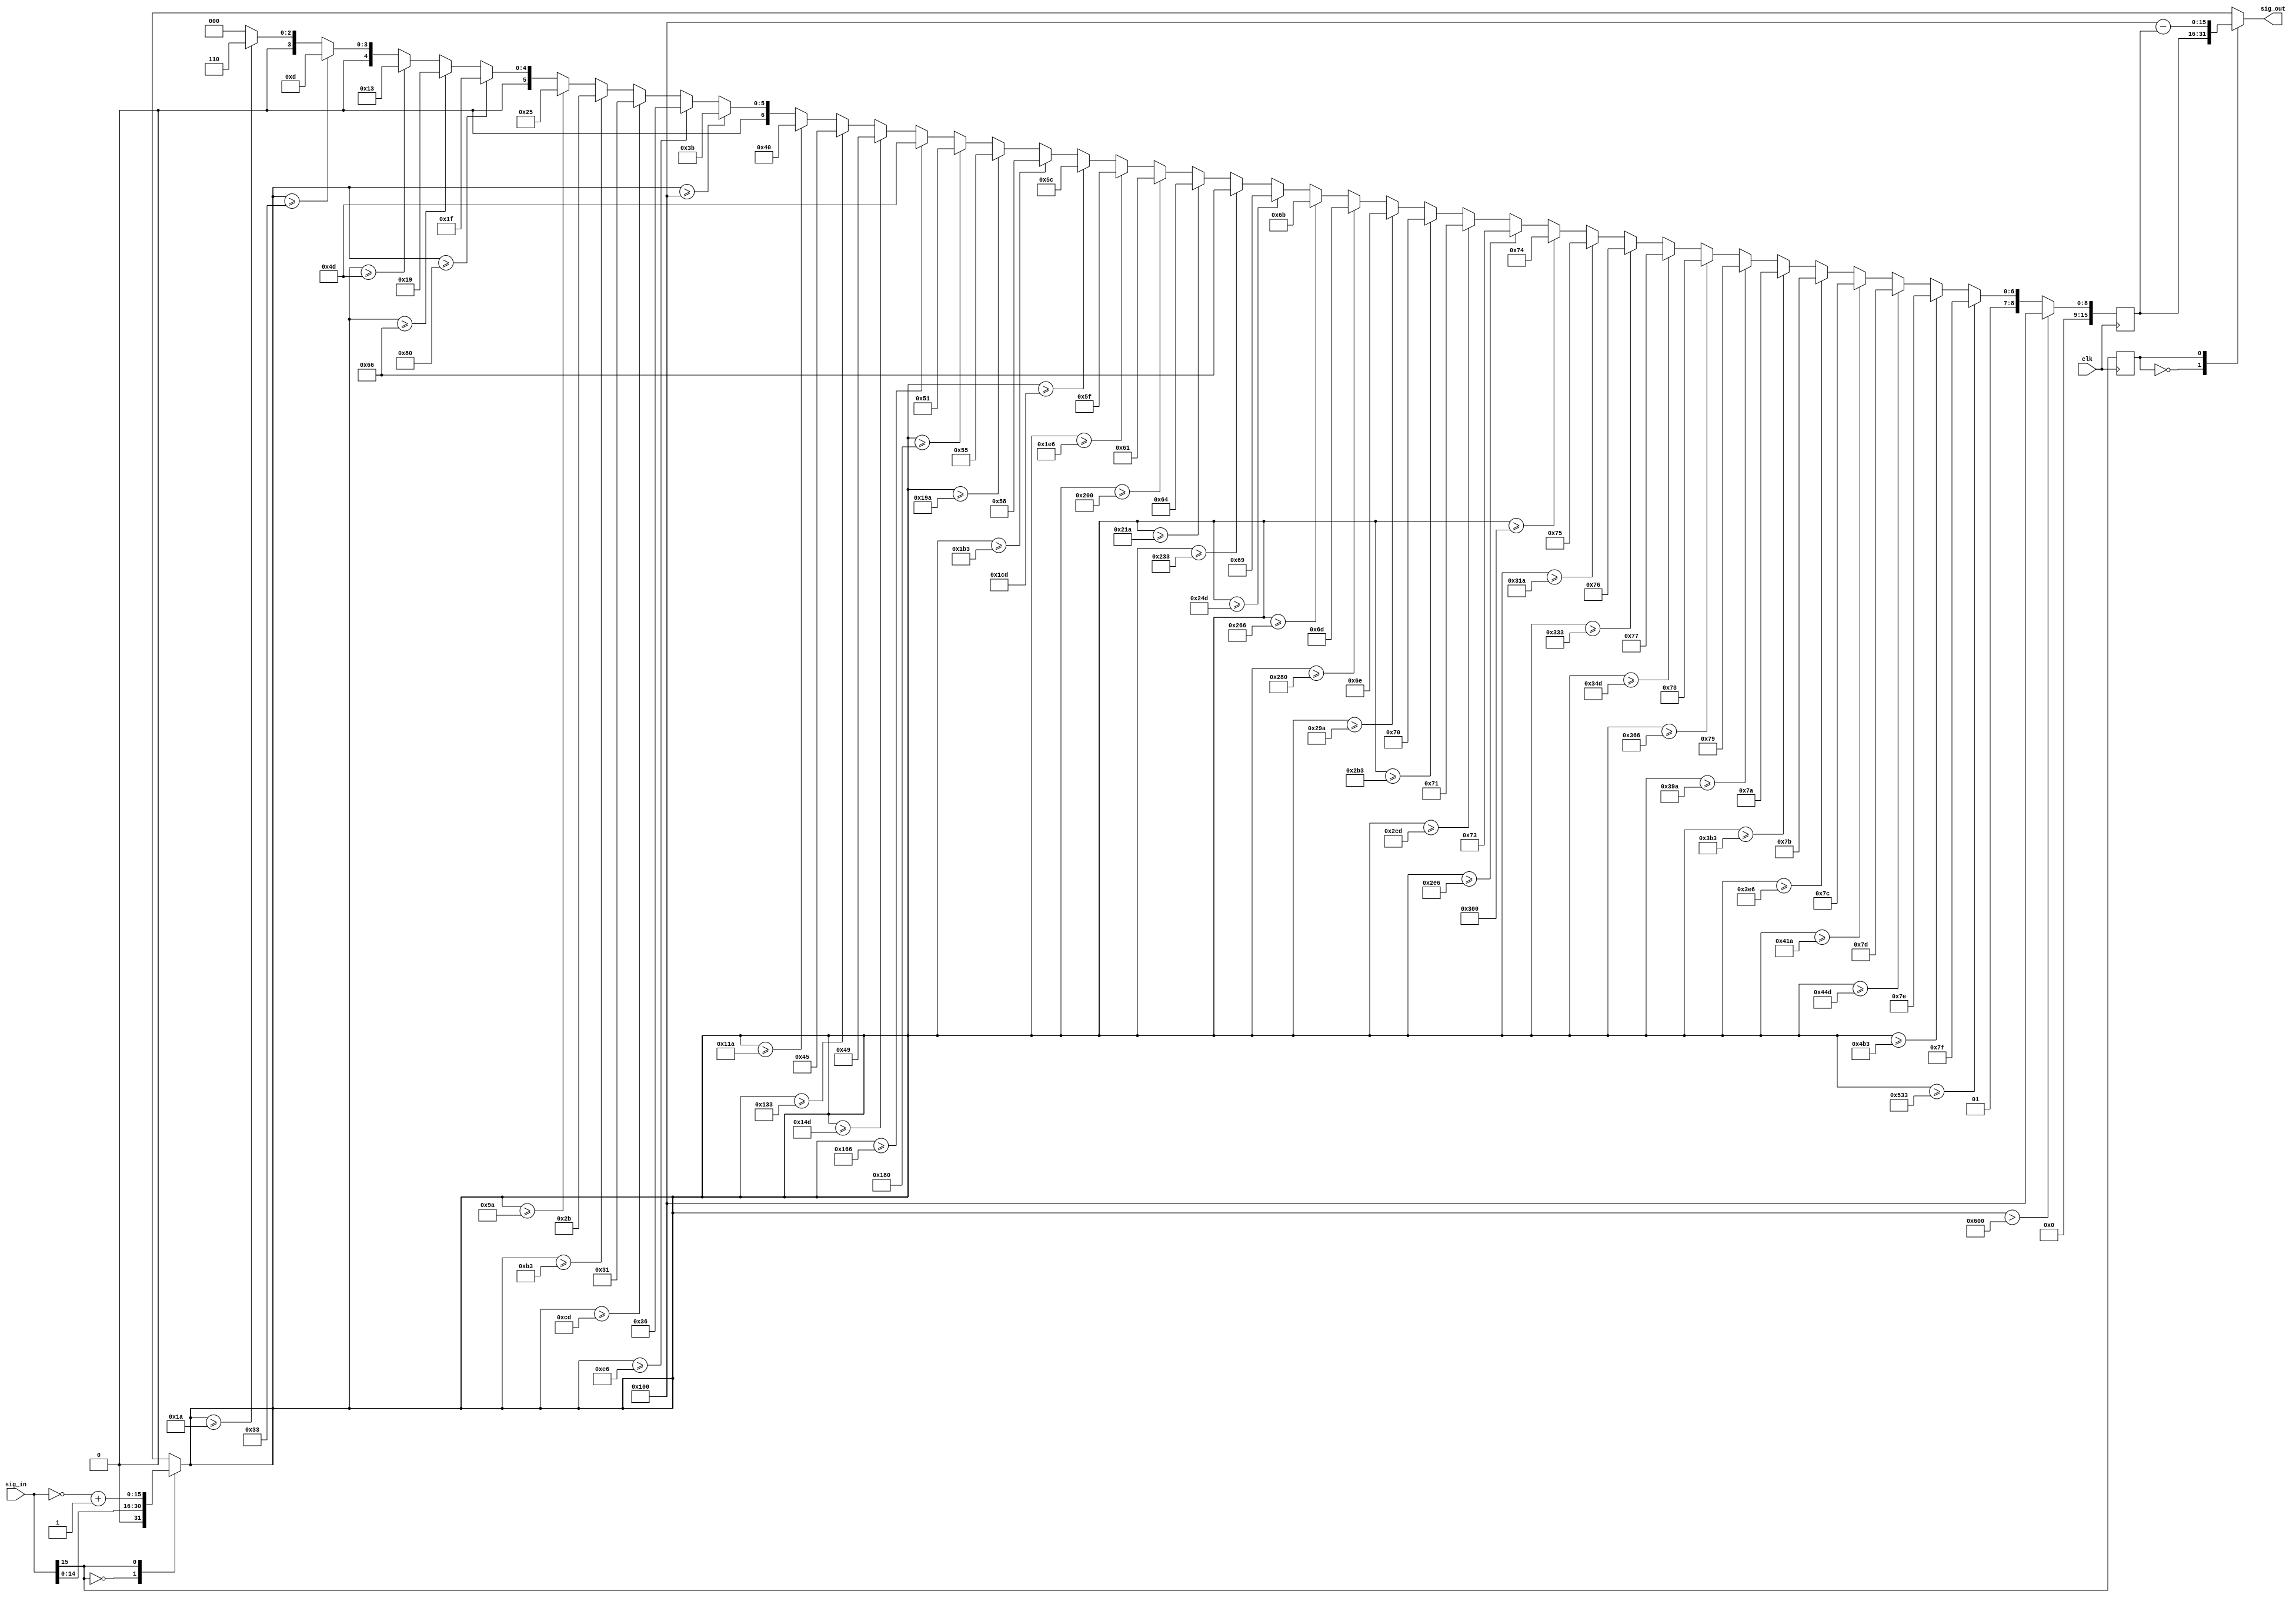
//Currently, async.
//Could be made synchronous if we want
//Names of input and output can be changed

module Sigmoid(clk, sig_in, sig_out);

input clk;
input  [15:0] sig_in;
output reg [15:0] sig_out;

reg  [15:0] lut_out;
reg  [15:0] lut_in;
reg sign_bit;

always @ (sig_in, lut_out, sign_bit)
begin
   case(sig_in[15]) 
   0: begin
       lut_in = sig_in;
      end
   1: begin
       lut_in = ~sig_in + 16'h0001;
      end
   endcase

   case(sign_bit) 
   0: begin
       sig_out = lut_out;
      end
   1: begin
       sig_out = 16'h0100 - lut_out;
      end
   endcase
end

always @ (posedge clk)
begin
   sign_bit <= sig_in[15];

   if(lut_in > 16'b0000011000000000)       begin lut_out <= 16'h0100; end //x > 6
   else if(lut_in >= 16'b0000010100110011) begin lut_out <= 16'b0000000011111111; end //x >= 5.2
   else if(lut_in >= 16'b0000010010110011) begin lut_out <= 16'b0000000011111110; end //x >= 4.7
   else if(lut_in >= 16'b0000010001001101) begin lut_out <= 16'b0000000011111101; end //x >= 4.3 
   else if(lut_in >= 16'b0000010000011010) begin lut_out <= 16'b0000000011111100; end //x >= 4.1
   else if(lut_in >= 16'b0000001111100110) begin lut_out <= 16'b0000000011111011; end //x >= 3.9
   else if(lut_in >= 16'b0000001110110011) begin lut_out <= 16'b0000000011111010; end //x >= 3.7
   else if(lut_in >= 16'b0000001110011010) begin lut_out <= 16'b0000000011111001; end //x >= 3.6
   else if(lut_in >= 16'b0000001101100110) begin lut_out <= 16'b0000000011111000; end //x >= 3.4
   else if(lut_in >= 16'b0000001101001101) begin lut_out <= 16'b0000000011110111; end //x >= 3.3
   else if(lut_in >= 16'b0000001100110011) begin lut_out <= 16'b0000000011110110; end //x >= 3.2
   else if(lut_in >= 16'b0000001100011010) begin lut_out <= 16'b0000000011110101; end //x >= 3.1
   else if(lut_in >= 16'b0000001100000000) begin lut_out <= 16'b0000000011110100; end //x >= 3.0
   else if(lut_in >= 16'b0000001011100110) begin lut_out <= 16'b0000000011110011; end //x >= 2.9
   else if(lut_in >= 16'b0000001011001101) begin lut_out <= 16'b0000000011110001; end //x >= 2.8
   else if(lut_in >= 16'b0000001010110011) begin lut_out <= 16'b0000000011110000; end //x >= 2.7
   else if(lut_in >= 16'b0000001010011010) begin lut_out <= 16'b0000000011101110; end //x >= 2.6
   else if(lut_in >= 16'b0000001010000000) begin lut_out <= 16'b0000000011101101; end //x >= 2.5
   else if(lut_in >= 16'b0000001001100110) begin lut_out <= 16'b0000000011101011; end //x >= 2.4
   else if(lut_in >= 16'b0000001001001101) begin lut_out <= 16'b0000000011101001; end //x >= 2.3
   else if(lut_in >= 16'b0000001000110011) begin lut_out <= 16'b0000000011100110; end //x >= 2.2
   else if(lut_in >= 16'b0000001000011010) begin lut_out <= 16'b0000000011100100; end //x >= 2.1
   else if(lut_in >= 16'b0000001000000000) begin lut_out <= 16'b0000000011100001; end //x >= 2.0
   else if(lut_in >= 16'b0000000111100110) begin lut_out <= 16'b0000000011011111; end //x >= 1.9
   else if(lut_in >= 16'b0000000111001101) begin lut_out <= 16'b0000000011011100; end //x >= 1.8
   else if(lut_in >= 16'b0000000110110011) begin lut_out <= 16'b0000000011011000; end //x >= 1.7
   else if(lut_in >= 16'b0000000110011010) begin lut_out <= 16'b0000000011010101; end //x >= 1.6
   else if(lut_in >= 16'b0000000110000000) begin lut_out <= 16'b0000000011010001; end //x >= 1.5
   else if(lut_in >= 16'b0000000101100110) begin lut_out <= 16'b0000000011001101; end //x >= 1.4
   else if(lut_in >= 16'b0000000101001101) begin lut_out <= 16'b0000000011001001; end //x >= 1.3
   else if(lut_in >= 16'b0000000100110011) begin lut_out <= 16'b0000000011000101; end //x >= 1.2
   else if(lut_in >= 16'b0000000100011010) begin lut_out <= 16'b0000000011000000; end //x >= 1.1
   else if(lut_in >= 16'b0000000100000000) begin lut_out <= 16'b0000000010111011; end //x >= 1.0
   else if(lut_in >= 16'b0000000011100110) begin lut_out <= 16'b0000000010110110; end //x >= 0.9
   else if(lut_in >= 16'b0000000011001101) begin lut_out <= 16'b0000000010110001; end //x >= 0.8
   else if(lut_in >= 16'b0000000010110011) begin lut_out <= 16'b0000000010101011; end //x >= 0.7
   else if(lut_in >= 16'b0000000010011010) begin lut_out <= 16'b0000000010100101; end //x >= 0.6
   else if(lut_in >= 16'b0000000010000000) begin lut_out <= 16'b0000000010011111; end //x >= 0.5
   else if(lut_in >= 16'b0000000001100110) begin lut_out <= 16'b0000000010011001; end //x >= 0.4
   else if(lut_in >= 16'b0000000001001101) begin lut_out <= 16'b0000000010010011; end //x >= 0.3
   else if(lut_in >= 16'b0000000000110011) begin lut_out <= 16'b0000000010001101; end //x >= 0.2
   else if(lut_in >= 16'b0000000000011010) begin lut_out <= 16'b0000000010000110; end //x >= 0.1
   else  begin lut_out <= 16'b0000000010000000; end //x >= 0.0 if(lut_in >= 16'b0000000000000000)
end

endmodule

/*
   if(x < -6)                   begin y = 16'h0000; end
   else if (x > 6)              begin y = 16'h0100; end
   else begin
      if(x < -5.1)              begin y = 16'h0001; end
      if(x >= -5.1 && x < -4.6) begin y = 16'h0002; end
      if(x >= -4.6 && x < -4.2) begin y = 16'h0003; end
      if(x >= -4.2 && x < -4.0) begin y = 16'h0004; end
      if(x >= -4.0 && x < -3.8) begin y = 16'h0005; end
      if(x >= -3.8 && x < -3.6) begin y = 16'h0006; end
      if(x >= -3.6 && x < -3.5) begin y = 16'h0007; end
      if(x >= -3.5 && x < -3.3) begin y = 16'h0008; end
      if(x >= -3.3 && x < -3.2) begin y = 16'h0009; end
      if(x >= -3.2 && x < -3.1) begin y = 16'h000A; end
      if(x >= -3.1 && x < -3.0) begin y = 16'h000B; end
      if(x >= -3.0 && x < -2.9) begin y = 16'h000C; end
      if(x >= -2.9 && x < -2.8) begin y = 16'h000D; end
      if(x >= -2.8 && x < -2.7) begin y = 16'h000F; end
      if(x >= -2.7 && x < -2.6) begin y = 16'h0010; end
      if(x >= -2.6 && x < -2.5) begin y = 16'h0012; end
      if(x >= -2.5 && x < -2.4) begin y = 16'h0013; end
      if(x >= -2.4 && x < -2.3) begin y = 16'h0015; end
      if(x >= -2.3 && x < -2.2) begin y = 16'h0017; end
      if(x >= -2.2 && x < -2.1) begin y = 16'h001A; end
      if(x >= -2.1 && x < -2.0) begin y = 16'h001C; end
      if(x >= -2.0 && x < -1.9) begin y = 16'h001F; end
      if(x >= -1.9 && x < -1.8) begin y = 16'h0021; end
      if(x >= -1.8 && x < -1.7) begin y = 16'h0024; end
      if(x >= -1.7 && x < -1.6) begin y = 16'h0028; end
      if(x >= -1.6 && x < -1.5) begin y = 16'h002B; end
      if(x >= -1.5 && x < -1.4) begin y = 16'h002F; end
      if(x >= -1.4 && x < -1.3) begin y = 16'h0033; end
      if(x >= -1.3 && x < -1.2) begin y = 16'h0037; end
      if(x >= -1.2 && x < -1.1) begin y = 16'h003B; end
      if(x >= -1.1 && x < -1.0) begin y = 16'h0040; end
      if(x >= -1.0 && x < -0.9) begin y = 16'h0045; end
      if(x >= -0.9 && x < -0.8) begin y = 16'h004A; end
      if(x >= -0.8 && x < -0.7) begin y = 16'h004F; end
      if(x >= -0.7 && x < -0.6) begin y = 16'h0055; end
      if(x >= -0.6 && x < -0.5) begin y = 16'h005B; end
      if(x >= -0.5 && x < -0.4) begin y = 16'h0061; end
      if(x >= -0.4 && x < -0.3) begin y = 16'h0067; end
      if(x >= -0.3 && x < -0.2) begin y = 16'h006D; end
      if(x >= -0.2 && x < -0.1) begin y = 16'h0073; end
      if(x >= -0.1 && x < 0.0)  begin y = 16'h007A; end
      if(x >= 0.0 && x < 0.1)   begin y = 16'h0080; end
      if(x >= 0.1 && x < 0.2)   begin y = 16'h0086; end
      if(x >= 0.2 && x < 0.3)   begin y = 16'h008D; end
      if(x >= 0.3 && x < 0.4)   begin y = 16'h0093; end
      if(x >= 0.4 && x < 0.5)   begin y = 16'h0099; end
      if(x >= 0.5 && x < 0.6)   begin y = 16'h009F; end
      if(x >= 0.6 && x < 0.7)   begin y = 16'h00A5; end
      if(x >= 0.7 && x < 0.8)   begin y = 16'h00AB; end
      if(x >= 0.8 && x < 0.9)   begin y = 16'h00B1; end
      if(x >= 0.9 && x < 1.0)   begin y = 16'h00B6; end
      if(x >= 1.0 && x < 1.1)   begin y = 16'h00BB; end
      if(x >= 1.1 && x < 1.2)   begin y = 16'h00C0; end
      if(x >= 1.2 && x < 1.3)   begin y = 16'h00C5; end
      if(x >= 1.3 && x < 1.4)   begin y = 16'h00C9; end
      if(x >= 1.4 && x < 1.5)   begin y = 16'h00CD; end
      if(x >= 1.5 && x < 1.6)   begin y = 16'h00D1; end
      if(x >= 1.6 && x < 1.7)   begin y = 16'h00D5; end
      if(x >= 1.7 && x < 1.8)   begin y = 16'h00D8; end
      if(x >= 1.8 && x < 1.9)   begin y = 16'h00DC; end
      if(x >= 1.9 && x < 2.0)   begin y = 16'h00DF; end
      if(x >= 2.0 && x < 2.1)   begin y = 16'h00E1; end
      if(x >= 2.1 && x < 2.2)   begin y = 16'h00E4; end
      if(x >= 2.2 && x < 2.3)   begin y = 16'h00E6; end
      if(x >= 2.3 && x < 2.4)   begin y = 16'h00E9; end
      if(x >= 2.4 && x < 2.5)   begin y = 16'h00EB; end
      if(x >= 2.5 && x < 2.6)   begin y = 16'h00ED; end
      if(x >= 2.6 && x < 2.7)   begin y = 16'h00EE; end
      if(x >= 2.7 && x < 2.8)   begin y = 16'h00F0; end
      if(x >= 2.8 && x < 2.9)   begin y = 16'h00F1; end
      if(x >= 2.9 && x < 3.0)   begin y = 16'h00F3; end
      if(x >= 3.0 && x < 3.1)   begin y = 16'h00F4; end
      if(x >= 3.1 && x < 3.2)   begin y = 16'h00F5; end
      if(x >= 3.2 && x < 3.3)   begin y = 16'h00F6; end
      if(x >= 3.3 && x < 3.4)   begin y = 16'h00F7; end
      if(x >= 3.4 && x < 3.6)   begin y = 16'h00F8; end
      if(x >= 3.6 && x < 3.7)   begin y = 16'h00F9; end
      if(x >= 3.7 && x < 3.9)   begin y = 16'h00FA; end
      if(x >= 3.9 && x < 4.1)   begin y = 16'h00FB; end
      if(x >= 4.1 && x < 4.3)   begin y = 16'h00FC; end
      if(x >= 4.3 && x < 4.7)   begin y = 16'h00FD; end
      if(x >= 4.7 && x < 5.2)   begin y = 16'h00FE; end
      if(x >= 5.2)              begin y = 16'h00FF; end
   end
end
*/